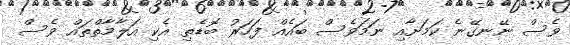
ވެސް ނޭނގޭނެ ކަމަށާއި ނަމަވެސް ބައެއް ފަހަރު ބޮޑެތި އެކި އަލާމާތްތައް ވެސް